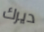
ديرك